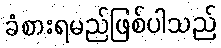
ခံစားရမည်ဖြစ်ပါသည်